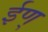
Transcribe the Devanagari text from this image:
ईण्